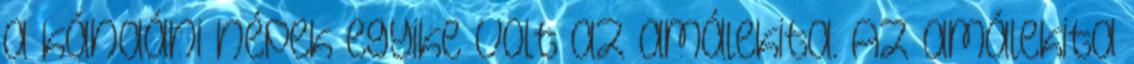
a kánaáni népek egyike volt az amálekita. Az amálekita